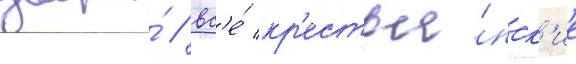
двора́ / вс'е́ кр'естья́нск'ие